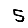
Digit: 5